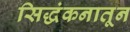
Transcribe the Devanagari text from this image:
सिद्धंकनातून